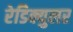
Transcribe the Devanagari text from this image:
रेडिक्युलर